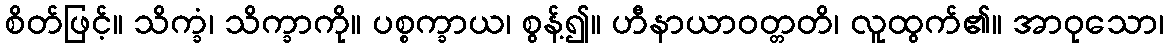
စိတ်ဖြင့်။ သိက္ခံ၊ သိက္ခာကို။ ပစ္စက္ခာယ၊ စွန့်၍။ ဟီနာယာဝတ္တတိ၊ လူထွက်၏။ အာဝုသော၊